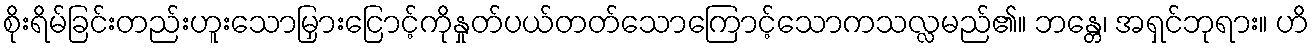
စိုးရိမ်ခြင်းတည်းဟူးသောမြှားငြောင့်ကိုနှုတ်ပယ်တတ်သောကြောင့်သောကသလ္လမည်၏။ ဘန္တေ၊ အရှင်ဘုရား။ ဟိ